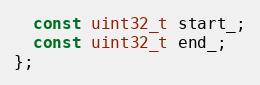
Language: C
  const uint32_t start_;
  const uint32_t end_;
};